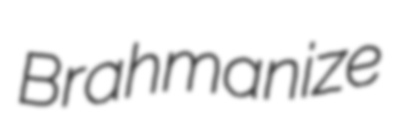
Brahmanize